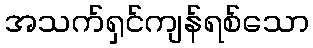
အသက်ရှင်ကျန်ရစ်သော